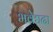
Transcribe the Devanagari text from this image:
भवेद्यदा